Report on sanitation, dispensaries, and jails in Rajputana for 1916, and on vaccination for the year 1916-1917 - 1916-1917
Year: 1916
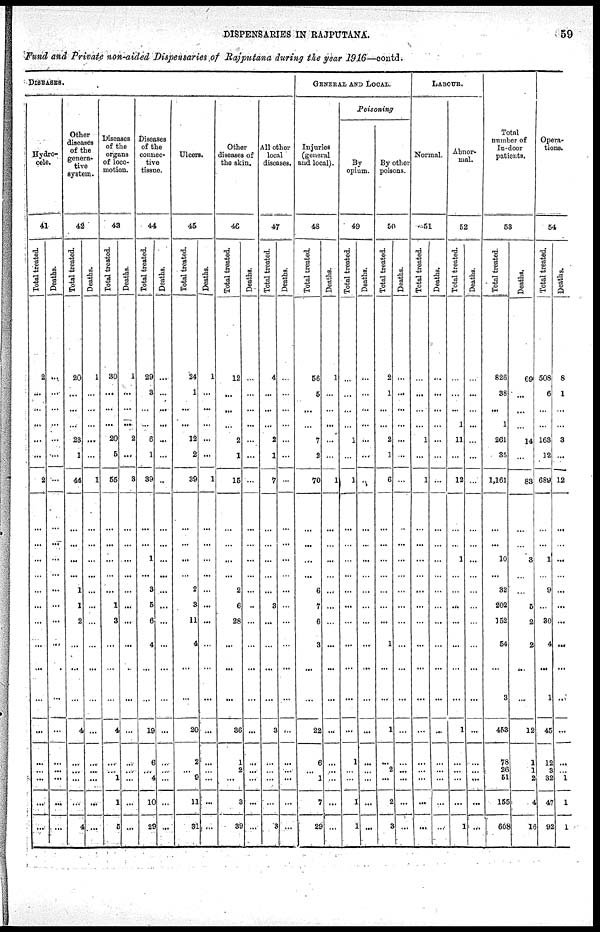
DISPENSARIES IN RAJPUTANA.
59
Fund and Private non-aided Dispensaries of Rajputana during the year 1916—contd.
DISEASES.
Hydro-
cele.
41
Total treated.
2
...
...
...
...
...
2
...
...
...
...
...
...
...
...
...
...
...
...
...
...
...
...
Deaths.
...
...
...
...
...
...
...
...
...
...
...
...
...
...
...
...
...
...
...
...
...
...
...
Other
diseases
of the
genera-
tive
system.
42
Total treated.
20
...
...
...
23
1
44
...
...
...
...
1
1
2
...
...
...
4
...
...
...
...
4
Deaths.
1
...
...
...
...
...
1
...
...
...
...
...
...
...
...
...
...
...
...
...
...
...
...
Diseases
of the
organs
of loco-
motion.
43
Total treated.
30
...
...
...
20
5
55
...
...
...
...
...
1
3
...
...
...
4
...
...
1
1
5
Deaths.
1
...
...
...
2
...
3
...
...
...
...
...
...
...
...
...
...
...
...
...
...
...
...
Diseases
of the
connec-
tive
tissue.
44
Total treated.
29
3
...
...
6
1
39
...
...
1
...
3
5
6
4
...
...
19
6
...
4
10
29
Deaths.
...
...
...
...
...
...
...
...
...
...
...
...
...
...
...
...
...
...
...
...
...
...
...
Ulcers.
45
Total treated.
24
1
...
...
12
2
39
...
...
...
...
2
3
11
4
...
...
20
2
...
9
11
31
Deaths.
1
...
...
...
...
...
1
...
...
...
...
...
...
...
...
...
...
...
...
...
...
...
...
Other
diseases of
the skin.
46
Total treated.
12
...
...
...
2
1
15
...
...
...
...
2
6
28
...
...
...
36
1
2
...
3
39
Deaths.
...
...
...
...
...
...
...
...
...
...
...
...
...
...
...
...
...
...
...
...
...
...
...
All other
local
diseases.
47
Total treated.
4
...
...
...
2
1
7
...
...
...
...
...
3
...
...
...
...
3
...
...
...
...
3
Deaths.
...
...
...
...
...
...
...
...
...
...
...
...
...
...
...
...
...
...
...
...
...
...
...
GENERAL AND LOCAL.
Injuries
(general
and local).
48
Total treated.
56
5
...
...
7
2
70
...
...
...
...
6
7
6
3
...
...
22
6
...
1
7
29
Deaths.
1
...
...
...
...
...
1
...
...
...
...
...
...
...
...
...
...
...
...
...
...
...
...
Poisoning
By
opium.
49
Total treated.
...
...
...
...
1
...
1
...
...
...
...
...
...
...
...
...
...
...
1
...
...
1
1
Deaths.
...
...
...
...
...
...
...
...
...
...
...
...
...
...
...
...
...
...
...
...
...
...
...
By other
poisons.
50
Total treated.
2
1
...
...
2
1
6
...
...
...
...
...
...
...
1
...
...
1
...
2
...
2
3
Deaths.
...
...
...
...
...
...
...
...
...
...
...
...
...
...
...
...
...
...
...
...
...
...
...
LABOUR.
Normal.
51
Total treated.
...
...
...
...
1
...
1
...
...
...
...
...
...
...
...
...
...
...
...
...
...
...
...
Deaths.
...
...
...
...
...
...
...
...
...
...
...
...
...
...
...
...
...
...
...
...
...
...
...
Abnor-
mal.
52
Total treated.
...
...
...
1
11
...
12
...
...
1
...
...
...
...
...
...
...
1
...
...
...
...
1
Deaths.
...
...
...
...
...
...
...
...
...
...
...
...
...
...
...
...
...
...
...
...
...
...
...
Total
number of
In-door
patients.
53
Total treated.
826
38
...
1
261
35
1,161
...
...
10
...
32
202
152
54
...
3
453
78
26
51
155
608
Deaths.
69
...
...
...
14
...
83
...
...
3
...
...
5
2
2
...
...
12
1
1
2
4
16
Opera-
tions.
54
Total treated.
508
6
...
...
163
12
689
...
...
1
...
9
...
30
4
...
1
45
12
3
32
47
92
Deaths.
8
1
...
...
3
...
12
...
...
...
...
...
...
...
...
...
...
...
...
...
1
1
1